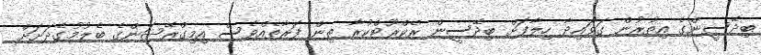
ބިދޭސީންގެ އިތުރުން ގަވައިދާ ހިލާފަށް ބިދޭސީން ރެކްރޫޓްކުރާ ތިން ފަރާތެއްވެސް އިމިގްރޭޝަންގެ ބެލުމުގެދަށަށް